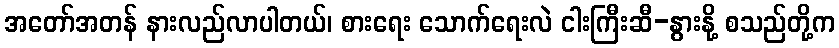
အတော်အတန် နားလည်လာပါတယ်၊ စားရေး သောက်ရေးလဲ ငါးကြီးဆီ-နွားနို့ စသည်တို့က